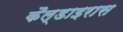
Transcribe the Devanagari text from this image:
कैल्डाइरास